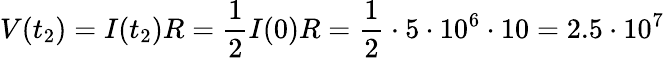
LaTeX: V(t_{2})=I(t_{2})R=\frac{1}{2}I(0)R=\frac{1}{2}\cdot 5\cdot 10^{6}\cdot 10=2.5\cdot 10^{7}